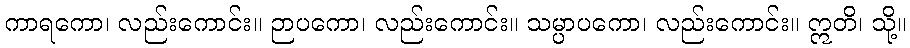
ကာရကော၊ လည်းကောင်း။ ဉာပကော၊ လည်းကောင်း။ သမ္ပာပကော၊ လည်းကောင်း။ ဣတိ၊ သို့။